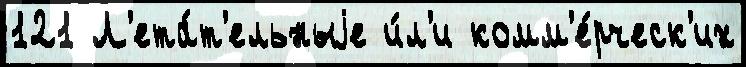
121 Л'ета́т'ельныjе и́л'и комм'е́рческ'их